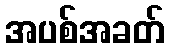
အပစ်အခတ်